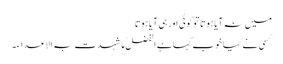
میں نہ آیا ہوتا توکوئی اورہی آیا ہوتا
کسی نے کیا خوب کہا ہے الفضلُ مَا شہدت بہ الاعداء۔